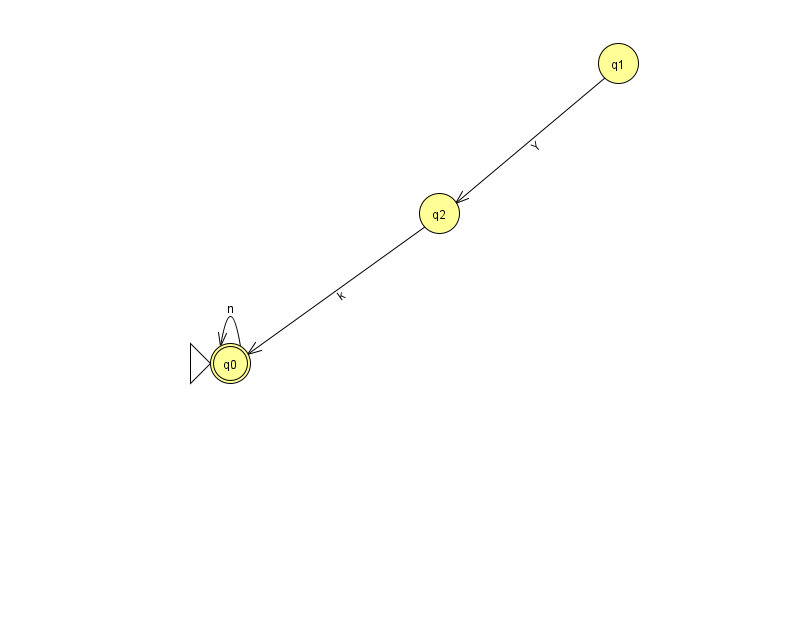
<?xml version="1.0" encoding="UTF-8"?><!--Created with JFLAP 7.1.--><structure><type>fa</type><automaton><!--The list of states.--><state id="0" name="q0"><x>230.0</x><y>350.0</y><initial/><final/></state><state id="1" name="q1"><x>618.0</x><y>50.0</y></state><state id="2" name="q2"><x>439.0</x><y>200.0</y></state><!--The list of transitions.--><transition><from>2</from><to>0</to><read>k</read></transition><transition><from>1</from><to>2</to><read>Y</read></transition><transition><from>0</from><to>0</to><read>n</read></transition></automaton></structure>